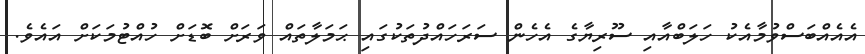
އެއެއްބަސްވުމާއެކު ހަލަބްއާއި ސޫރިޔާގެ އެހެން ސަރަހައްދުތަކުގައި ޙަމަލާތައް ވަރަށް ބޮޑަށް ހުއްޓުމަކަށް އައެވެ.